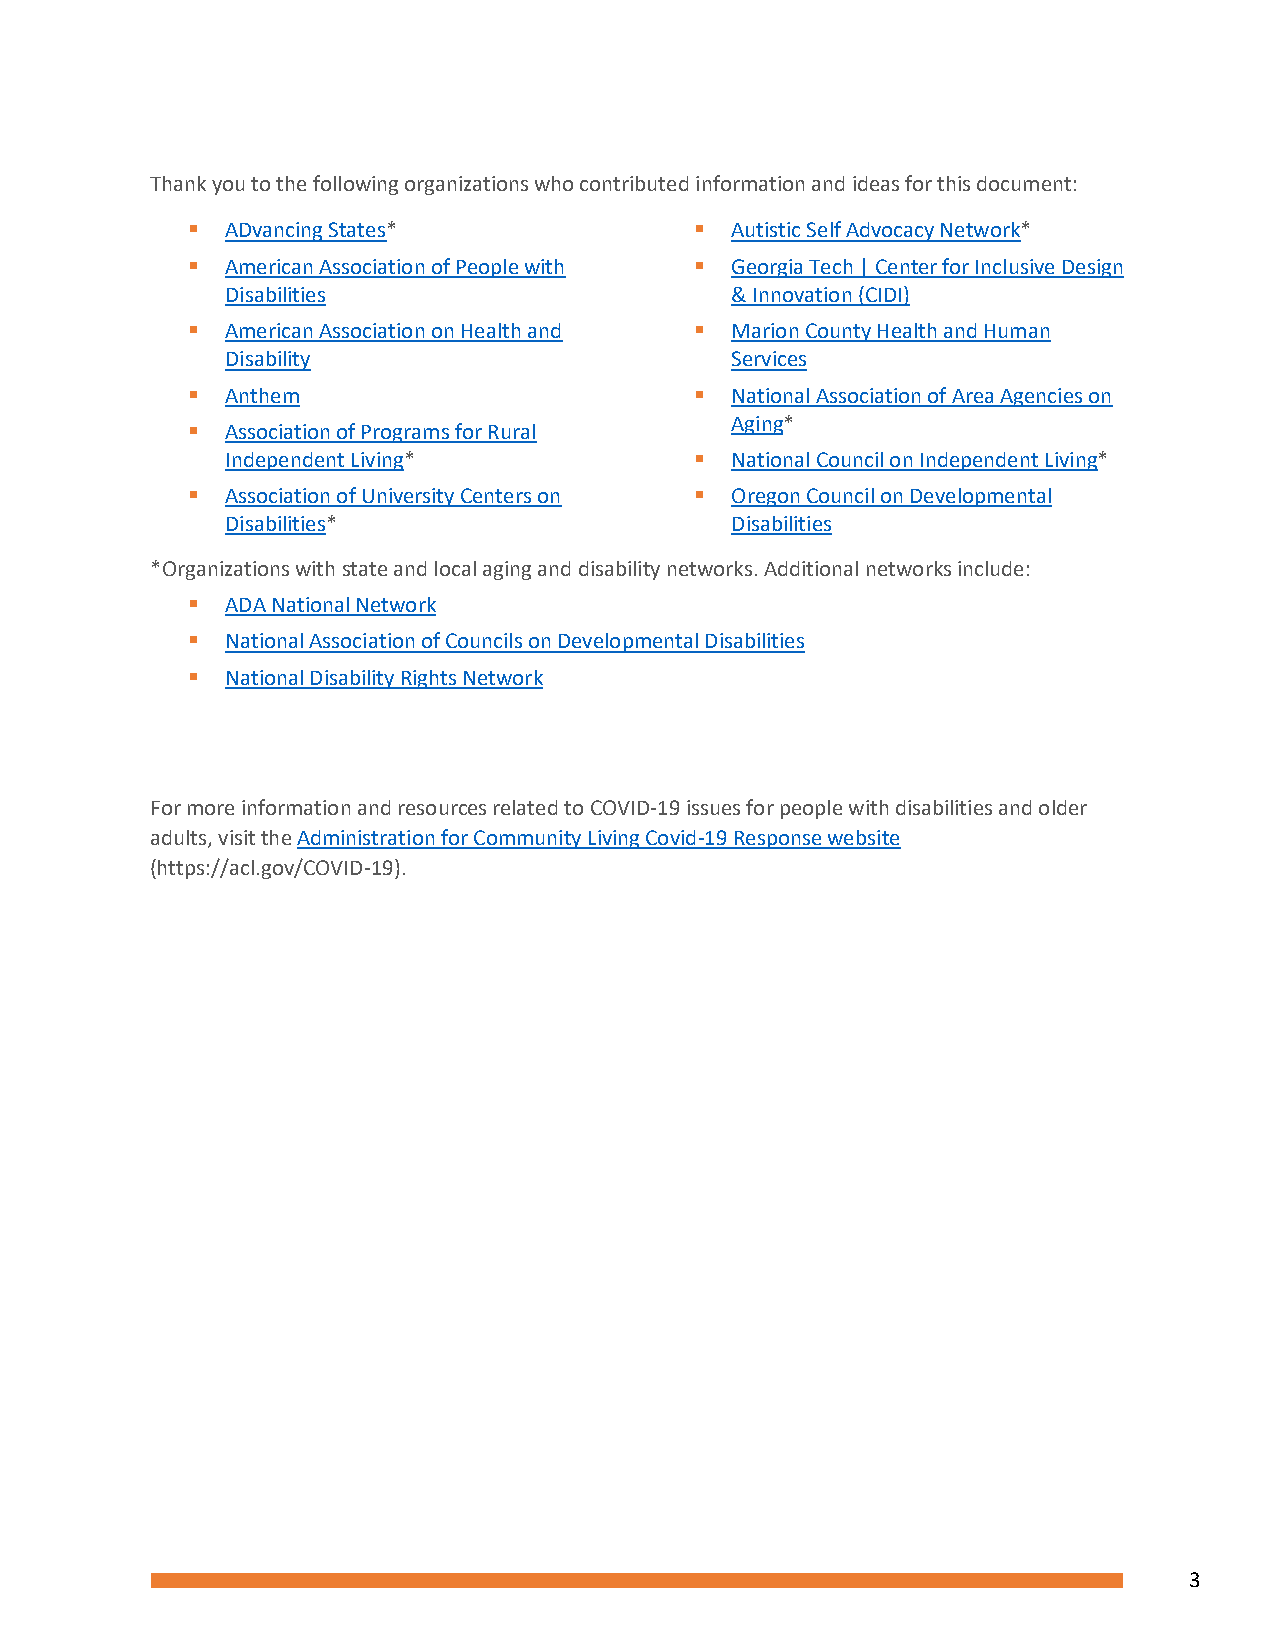
Thank you to the following organizations who contributed information and ideas for this document:
 ▪  ADvancing States*              ▪ Autistic Self Advocacy Network*
 ▪  American Association of People with ▪ Georgia Tech | Center for Inclusive Design
 Disabilities                     & Innovation (CIDI)
 ▪  American Association on Health and ▪ Marion County Health and Human
 Disability                       Services
 ▪  Anthem                         ▪ National Association of Area Agencies on
 Aging*
 ▪  Association of Programs for Rural
 Independent Living*            ▪ National Council on Independent Living*
 ▪  Association of University Centers on ▪ Oregon Council on Developmental
 Disabilities*                    Disabilities
 *Organizations with state and local aging and disability networks. Additional networks include:
 ▪  ADA National Network
 ▪  National Association of Councils on Developmental Disabilities
 ▪  National Disability Rights Network
 For more information and resources related to COVID-19 issues for people with disabilities and older
 adults, visit the Administration for Community Living Covid-19 Response website
 (https://acl.gov/COVID-19).
 3